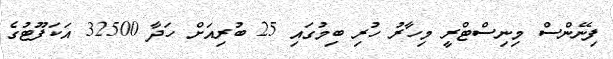
ފިނޭންސް މިނިސްޓްރީ މިހާރު ހުރި ބިމުގައި 25 ބުރިއަށް ހަދާ 32500 އަކަފޫޓުގެ